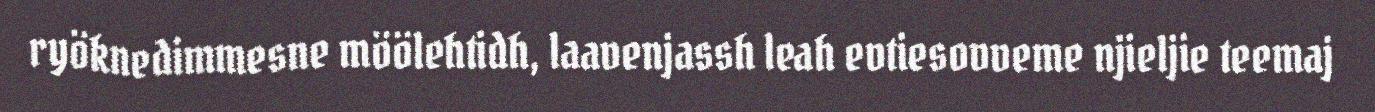
ryöknedimmesne möölehtidh, laavenjassh leah evtiesovveme njieljie teemaj